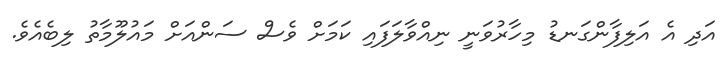
އަދި އެ އަލިފާންގަނޑު މިހާރުވަނީ ނިއްވާލަފައި ކަމަށް ވެސް ސަންއަށް މައުލޫމާތު ލިބެއެވެ.